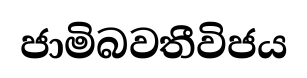
ජාමිබවතීවිජය